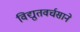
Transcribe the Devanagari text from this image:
विद्युतवर्चसाने